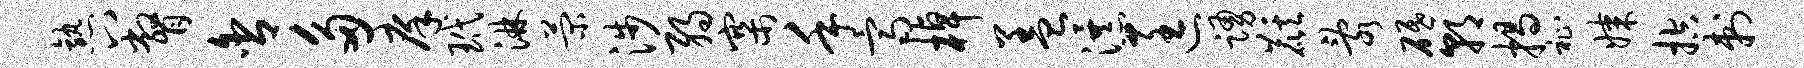
熟八瞥舍多庠玳淋菊涉弱寨手齐棹盖瀑匡踊麒乱砥朝揭祉媒控刺